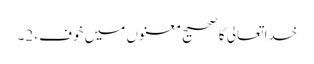
خدا تعالی کا صحیح معنوں میں خوف، 2۔